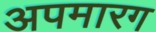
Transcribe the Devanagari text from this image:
अपमारग